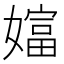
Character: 𡡩